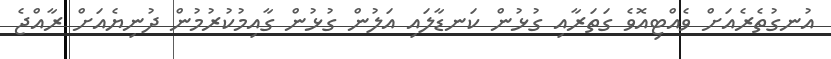
އުނގުތެރެއަށް ވެއްޓިއޮވެ ގަތަރާއި ގުޅުން ކަނޑާލައި އަލުން ގުޅުން ގާއިމުކުރުމުން ދުނިޔެއަށް ރާއްޖެ